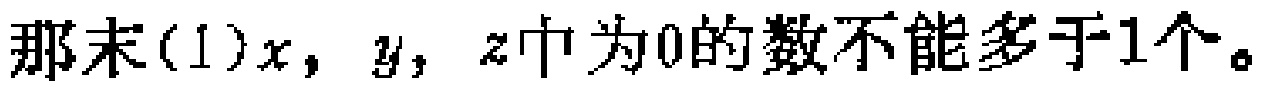
那末(1)\(x,y,z\)中为\(0\)的数不能多于\(1\)个。